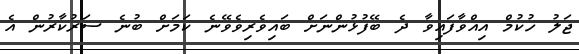
ޖަލު ހުކުމް އިއްވާފައިވާ ދެ ބޭފުޅުންނަށް ބައިވެރިވެވޭނެ ކަމަށް ބުނެ ސަރުކާރުން އެ